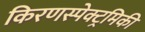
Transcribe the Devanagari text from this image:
किरणस्पेक्ट्रमिकी